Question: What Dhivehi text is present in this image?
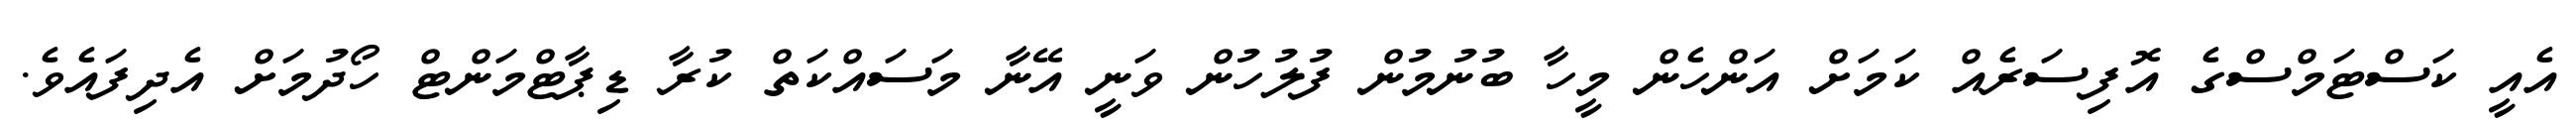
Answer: އެއީ ކަސްޓަމްސްގެ އޮފިސަރެއް ކަމަށް އަންހެން މީހާ ބުނުމުން ފުލުހުން ވަނީ އޭނާ މަސައްކަތް ކުރާ ޑިޕާޓްމަންޓް ހޯދުމަށް އެދިފައެވެ.